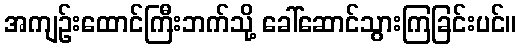
အကျဉ်းထောင်ကြီးဘက်သို့ ခေါ်ဆောင်သွားကြခြင်းပင်။